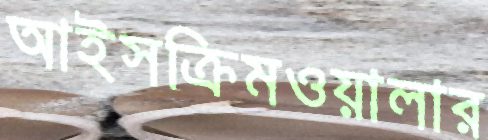
আইসক্রিমওয়ালার